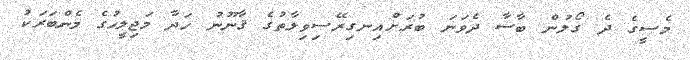
މެސީގެ ދެ ގޯލުން ބާސާ ދެވަނަ ބުރަށްއިނގިރޭސިވިލާތުގެ ޤާނޫނު ހަދާ މަޖިލީހުގެ މެންބަރަކު